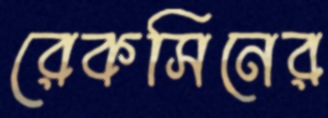
রেকসিনের